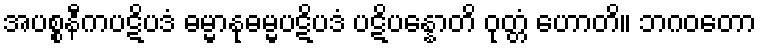
အပစ္စနီကပဋိပဒံ ဓမ္မာနုဓမ္မပဋိပဒံ ပဋိပန္နောတိ ဝုတ္တံ ဟောတိ။ ဘဂဝတော